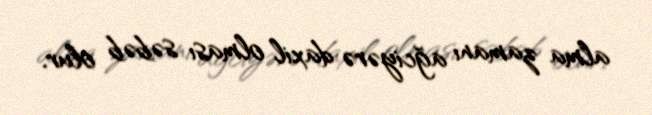
alma zamanı ağciyərə daxil olması səbəb olur.